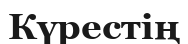
Күрестің